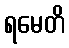
ရမေတိ